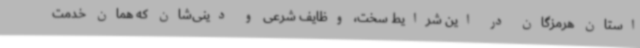
استان هرمزگان در این شرایط سخت، وظایف شرعی و دینی‌شان که همان خدمت